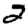
Digit: 2